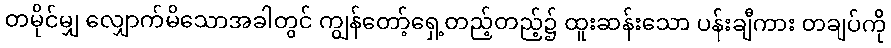
တမိုင်မျှ လျှောက်မိသောအခါတွင် ကျွန်တော့်ရှေ့တည့်တည့်၌ ထူးဆန်းသော ပန်းချီကား တချပ်ကို